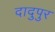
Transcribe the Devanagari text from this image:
दादुपुर